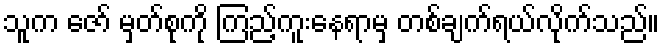
သူက ဇော် မှတ်စုကို ကြည့်ကူးနေရာမှ တစ်ချက်ရယ်လိုက်သည်။